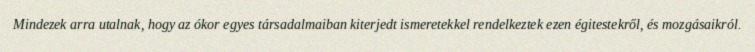
Mindezek arra utalnak, hogy az ókor egyes társadalmaiban kiterjedt ismeretekkel rendelkeztek ezen égitestekről, és mozgásaikról.